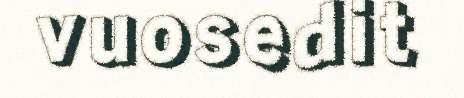
vuosedit